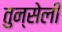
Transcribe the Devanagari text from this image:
तुन्सेली